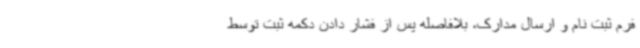
فرم ثبت نام و ارسال مدارک، بلافاصله پس از فشار دادن دکمه ثبت توسط